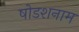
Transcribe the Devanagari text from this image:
षोडशनाम